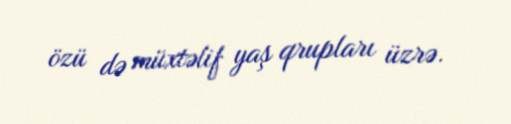
özü də müxtəlif yaş qrupları üzrə.